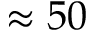
\approx 5 0